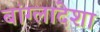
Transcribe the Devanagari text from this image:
बांग्लादेशा